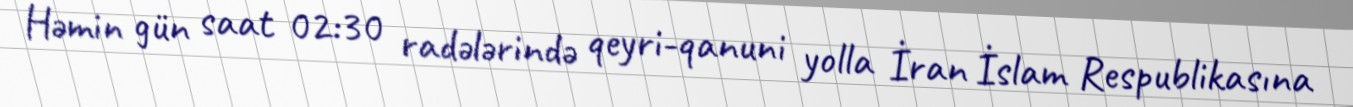
Həmin gün saat 02:30 radələrində qeyri-qanuni yolla İran İslam Respublikasına